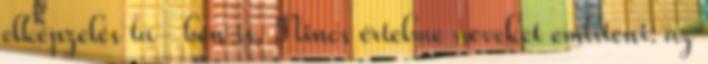
elképzelés ta- ben is. Nincs értelme neveket említeni: az